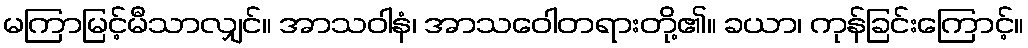
မကြာမြင့်မီသာလျှင်။ အာသဝါနံ၊ အာသဝေါတရားတို့၏။ ခယာ၊ ကုန်ခြင်းကြောင့်။